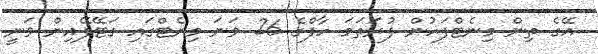
އޭގެ ތިން މިނެޓްފަހުން ފުރަތަމަ ހާފްގެ 26 ވަނަ މިނެޓްގައި ގަޓޭފޭއިން ވަނީ